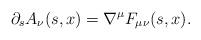
LaTeX: \begin{align*}\partial_s A_\nu(s,x)=\nabla^\mu F_{\mu\nu}(s,x).\end{align*}